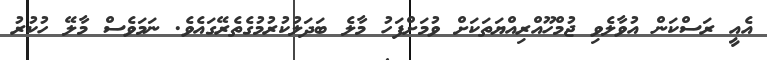
އެއީ ރަސްކަން އުވާލެވި ޖުމްހޫއްރިއްޔަތަކަށް ވުމަށްފަހު މާލެ ބަދަލުކުރުމުގެތެރޭގައެވެ. ނަމަވެސް މާލޭ ހުކުރު